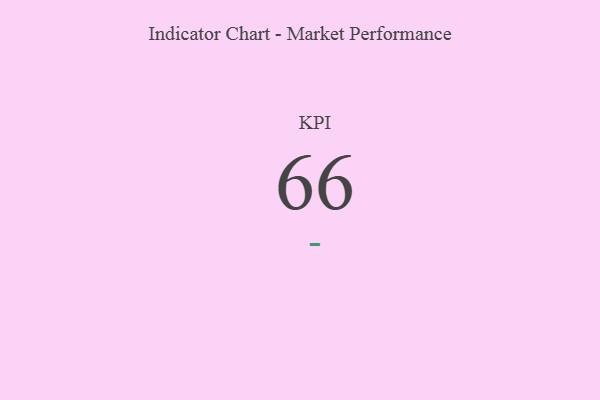
{"axis": {"x": "KPI", "y": "Value"}, "legend": [""], "data": [{"x": "KPI", "y": 66, "type": ""}]}